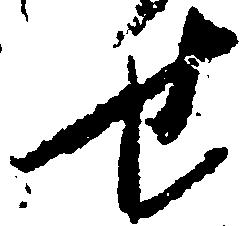
せ